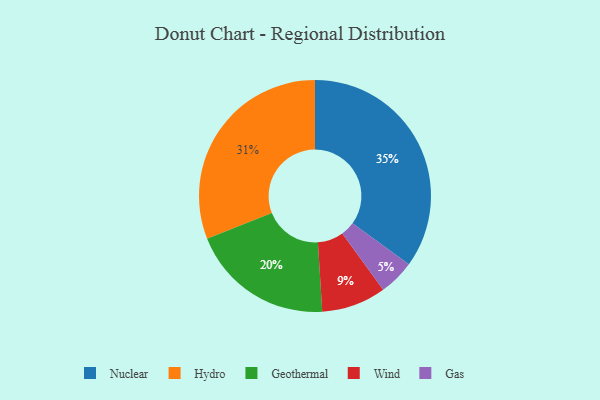
{"axis": {"x": "Category", "y": "Percentage"}, "legend": ["Gas", "Geothermal", "Hydro", "Nuclear", "Wind"], "data": [{"x": "Nuclear", "y": 35, "type": "Nuclear"}, {"x": "Wind", "y": 9, "type": "Wind"}, {"x": "Geothermal", "y": 20, "type": "Geothermal"}, {"x": "Gas", "y": 5, "type": "Gas"}, {"x": "Hydro", "y": 31, "type": "Hydro"}]}